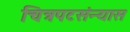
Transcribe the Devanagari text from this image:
चित्रपटसंन्यास